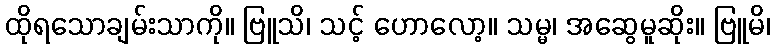
ထိုရသောချမ်းသာကို။ ဗြူသိ၊ သင့် ဟောလော့။ သမ္မ၊ အဆွေမူဆိုး။ ဗြူမိ၊